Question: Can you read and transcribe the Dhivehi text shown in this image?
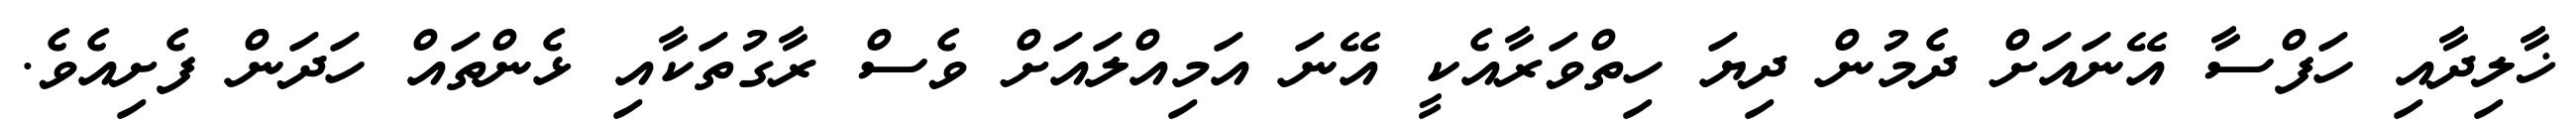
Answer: ޚާލިދާއި ހަފްސާ އޭނައަށް ދެމުން ދިޔަ ހިތްވަރާއެކީ އޭނަ އަމިއްލައަށް ވެސް ރާގުތަކާއި ޅެންތައް ހަދަން ފެށިއެވެ.